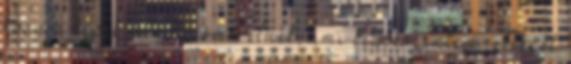
hogy a képek mind kisméretűek, ami kedves, intim jelleget